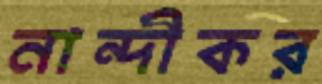
নান্দীকর